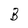
Character: B